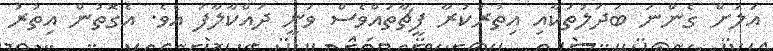
އަލަށް ގެންނަ ބަދަލުތަކާއި އިތުރުކުރާ ފީޗާތައްްވެސް ވަނީ ދައްކާލާފަ އެވެ. އެގޮތުން އިތުރު